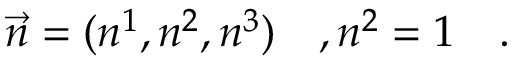
\vec { n } = ( n ^ { 1 } , n ^ { 2 } , n ^ { 3 } ) ~ ~ ~ , n ^ { 2 } = 1 ~ ~ ~ .